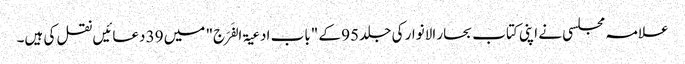
علامہ مجلسی نے اپنی کتاب بحار الانوار کی جلد 95 کے "باب ادعیۃ الفَرَج" میں 39 دعائیں نقل کی ہیں۔